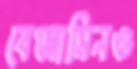
বেঞ্জামিনও